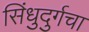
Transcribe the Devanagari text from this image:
सिंधुदुर्गचा